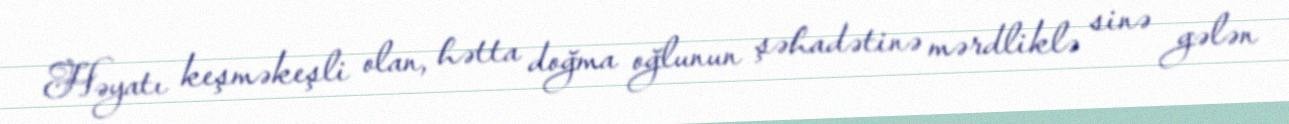
Həyatı keşməkeşli olan, hətta doğma oğlunun şəhadətinə mərdliklə sinə gələn